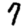
Digit: 7